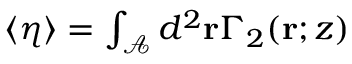
\begin{array} { r } { \langle \eta \rangle = \int _ { \mathcal { A } } d ^ { 2 } \mathbf { r } \Gamma _ { 2 } ( \mathbf { r } ; z ) } \end{array}